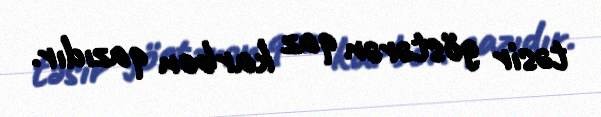
təsir göstərən qaz karbon qazıdır.